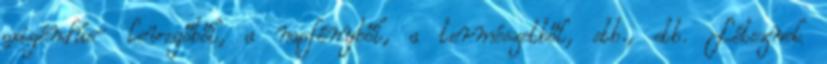
oxigéndús- levegőből, a napfényből, a természetből, stb., stb. Léteznek